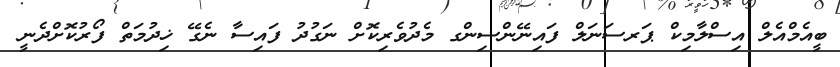
ބީއެމްއެލް އިސްލާމިކް ޕަރސަނަލް ފައިނޭންސިންގ މެދުވެރިކޮށް ނަގުދު ފައިސާ ނެގޭ ޚިދުމަތް ފޯރުކޮށްދެނީ